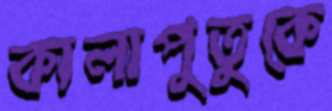
কালাপুতুকে